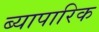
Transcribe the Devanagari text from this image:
ब्यापारिक